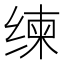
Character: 𱺧